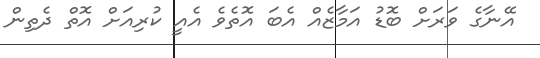
އޭނާގެ ވަރަށް ބޮޑު އަމާޒެއް އެބަ އޮތެވެ އެއީ ކުރިއަށް އޮތް ދެތިން